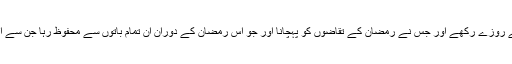
وہ کہتے ہیں کہ مَیں نے آنحضرتﷺ کو یہ کہتے ہوئے سنا کہ جس شخص نے رمضان کے روزے رکھے اور جس نے رمضان کے تقاضوں کو پہچانا اور جو اس رمضان کے دوران ان تمام باتوں سے محفوظ رہا جن سے اس کو محفوظ رہناچاہئے تھا تو اس کے روزے اس کے پہلے گناہوں کا کفارہ بن جاتے ہیں۔